65_HS1-834228961_62-HQ-83894_Section_10
Agency: FBI
Page 178
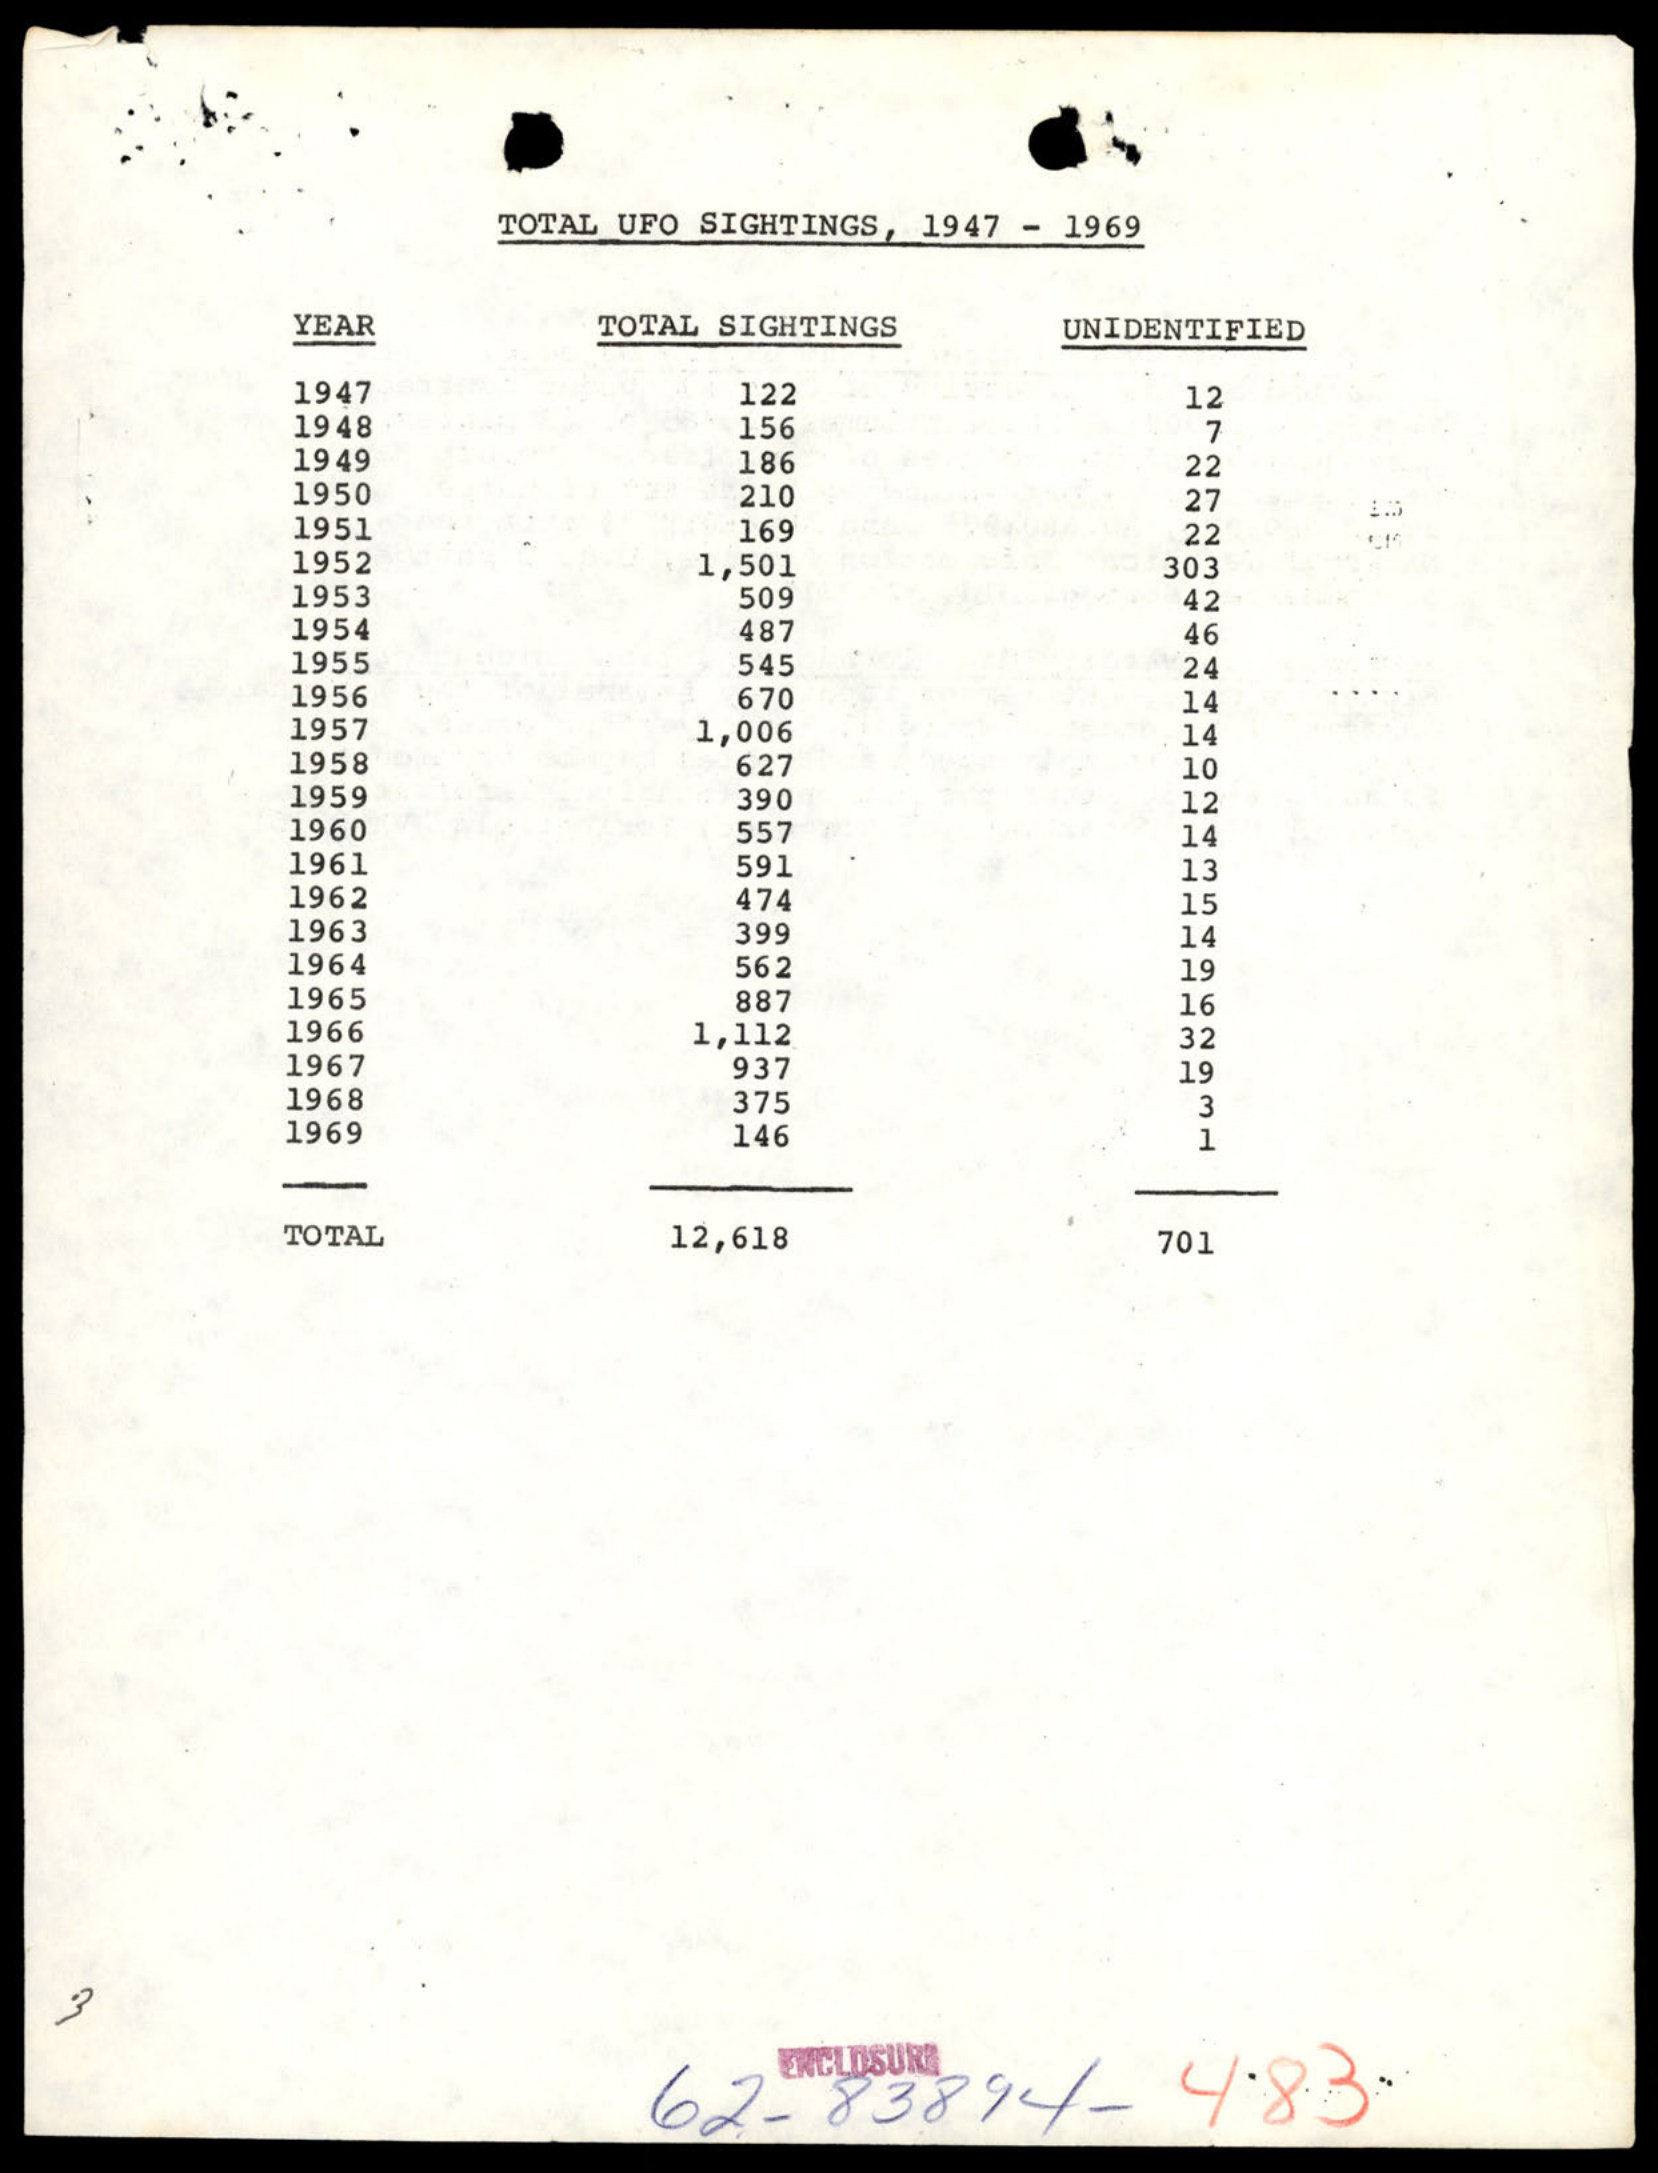